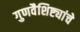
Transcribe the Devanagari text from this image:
गुणवैशिष्ट्यांचे